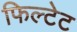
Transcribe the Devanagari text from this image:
फिल्टेट